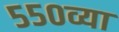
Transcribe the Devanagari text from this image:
५५०व्या